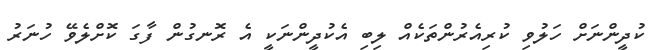
ކުދީންނަށް ހަލުވި ކުރިއެރުންތަކެއް ލިބި އެކުދީންނަކީ އެ ރޮނގުން ފާގަ ކޮށްލެވޭ ހުނަރު